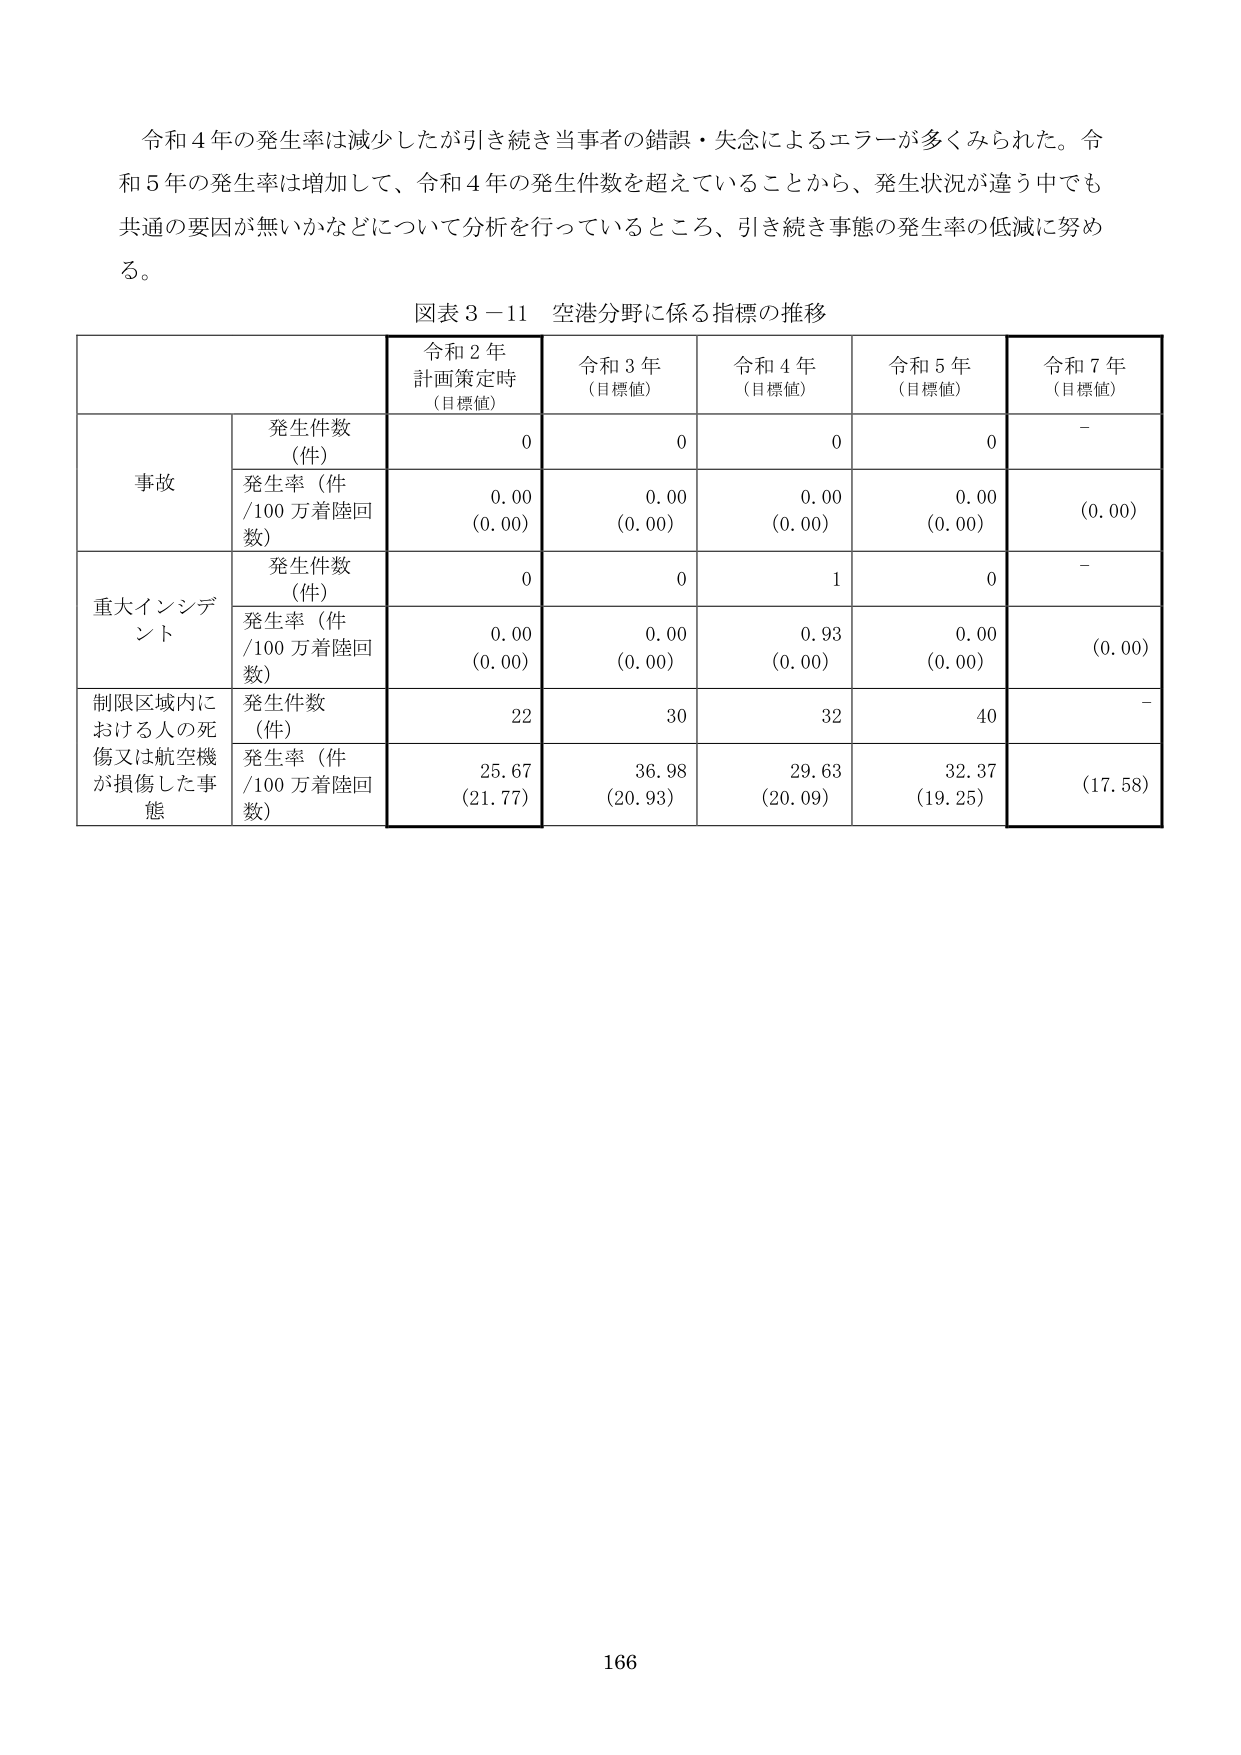
令和４年の発生率は減少したが引き続き当事者の錯誤・失念によるエラーが多くみられた。令和５年の発生率は増加して、令和４年の発生件数を超えていることから、発生状況が違う中でも共通の要因が無いかなどについて分析を行っているところ、引き続き事態の発生率の低減に努める。

図表３－11 空港分野に係る指標の推移

| | | 令和２年 計画策定時 （目標値） | 令和３年 （目標値） | 令和４年 （目標値） | 令和５年 （目標値） | 令和７年 （目標値） |
|---|---|---|---|---|---|---|
| | 発生件数 （件） | 0 | 0 | 0 | 0 | - |
| 事故 | 発生率（件 /100万着陸回 数） | 0.00 (0.00) | 0.00 (0.00) | 0.00 (0.00) | 0.00 (0.00) | (0.00) |
| | 発生件数 （件） | 0 | 0 | 1 | 0 | - |
| 重大インシデント | 発生率（件 /100万着陸回 数） | 0.00 (0.00) | 0.00 (0.00) | 0.93 (0.00) | 0.00 (0.00) | (0.00) |
| 制限区域内における人の死傷又は航空機が損傷した事態 | 発生件数 （件） | 22 | 30 | 32 | 40 | - |
| | 発生率（件 /100万着陸回 数） | 25.67 (21.77) | 36.98 (20.93) | 29.63 (20.09) | 32.37 (19.25) | (17.58) |

166